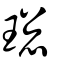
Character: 𤧚